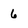
Character: 6